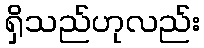
ရှိသည်ဟုလည်း